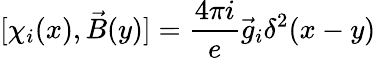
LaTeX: [\chi_{i}(x),\vec{B}(y)]=\frac{4\pi i}{e}\vec{g}_{i}\delta^{2}(x-y)